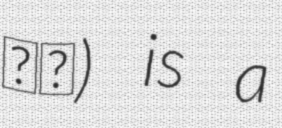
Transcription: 清顕) is a